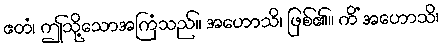
ဧတံ၊ ဤသို့သောအကြံသည်။ အဟောသိ၊ ဖြစ်၏။ ကိံ အဟောသိ၊